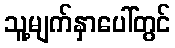
သူ့မျက်နှာပေါ်တွင်